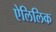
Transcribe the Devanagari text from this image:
ऐलिलिक